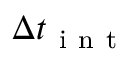
\Delta t _ { \mathrm { ~ i ~ n ~ t ~ } }